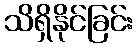
သိရှိနိုင်ခြင်း